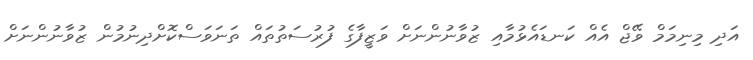
އަދި މިނިމަމް ވޭޖް އެއް ކަނޑައެޅުމާއި ޒުވާނުންނަށް ވަޒީފާގެ ފުރުސަތުތައް ތަނަވަސްކޮށްދިނުމުން ޒުވާނުންނަށް